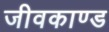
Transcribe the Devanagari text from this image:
जीवकाण्ड